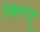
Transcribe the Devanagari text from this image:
किरध्द